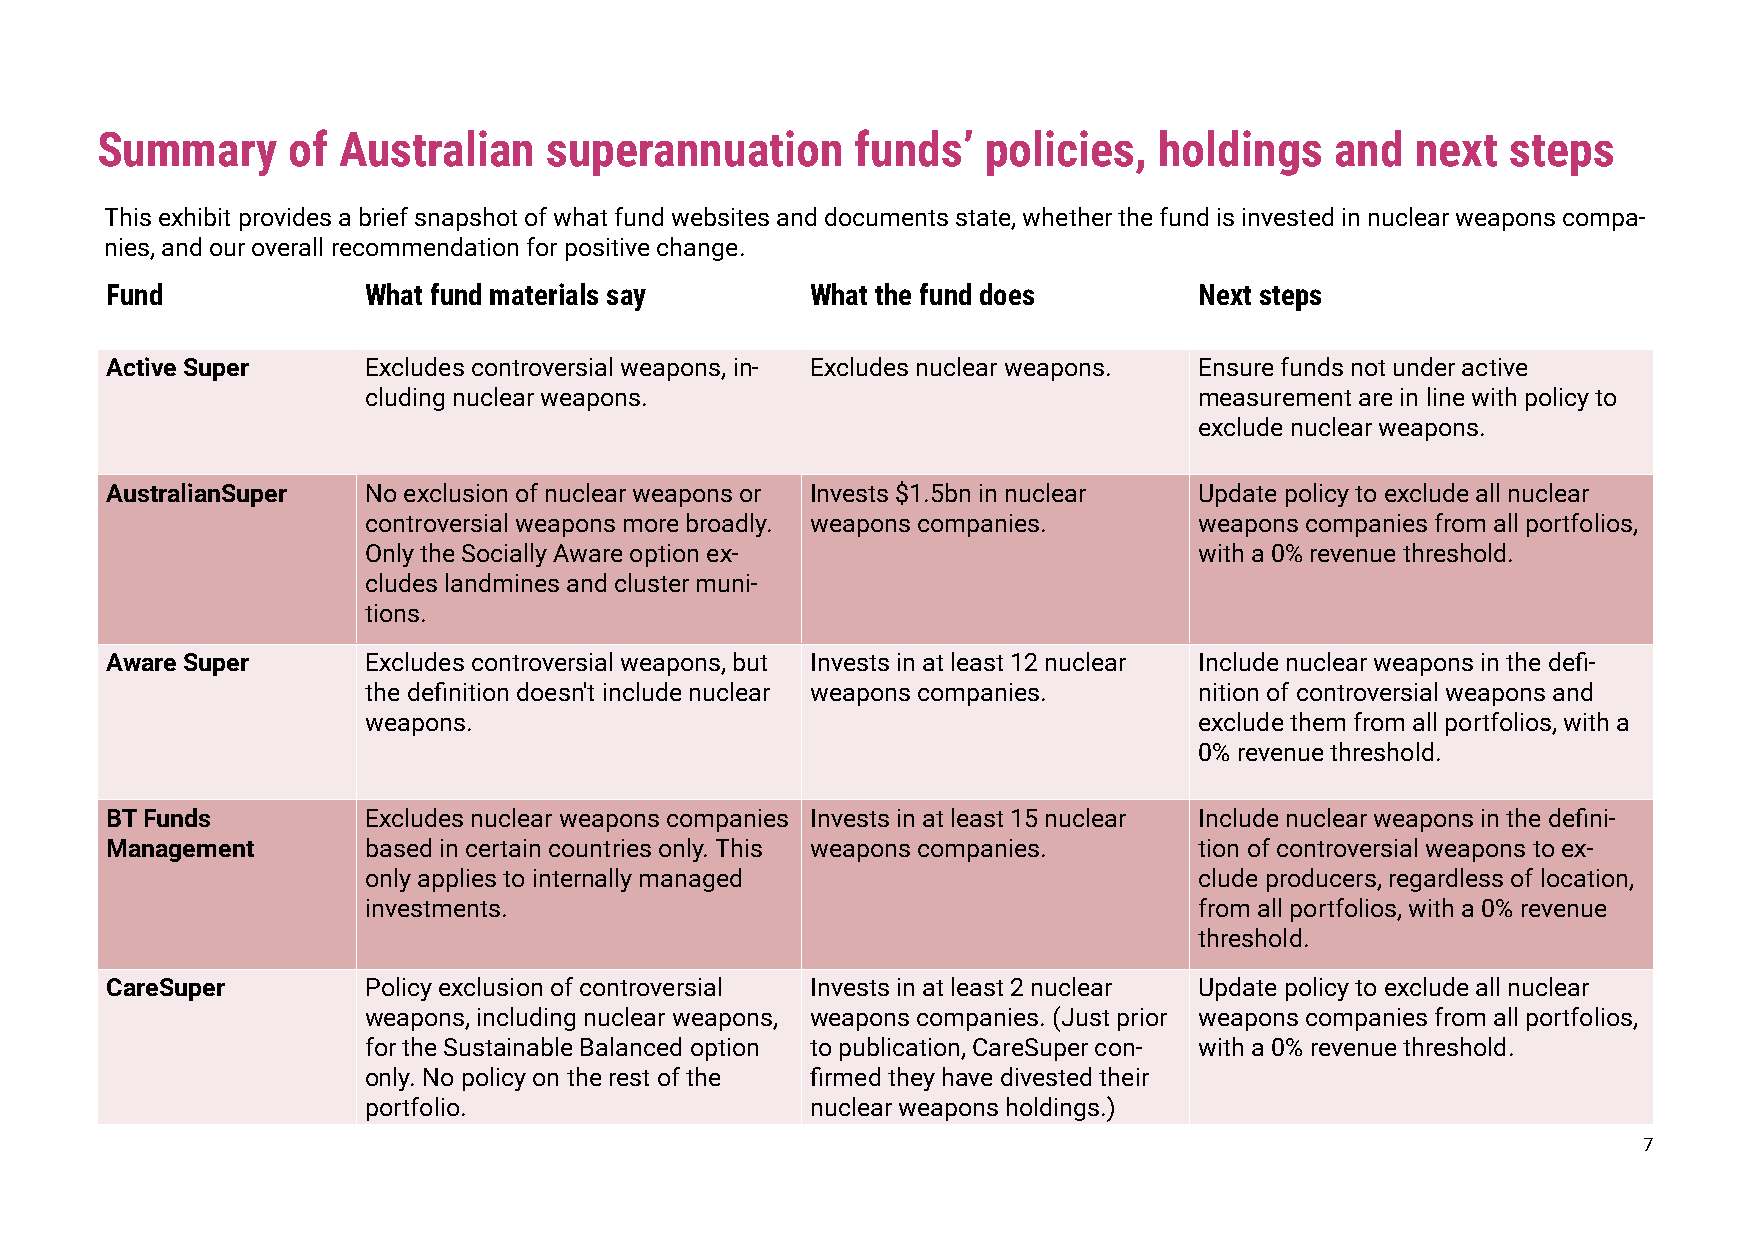
Summary      of Australian    superannuation       funds’  policies,   holdings   and   next  steps
 This exhibit provides a brief snapshot of what fund websites and documents state, whether the fund is invested in nuclear weapons compa-
 nies, and our overall recommendation for positive change.
 Fund             What fund materials say       What the fund does       Next steps
 Active Super     Excludes controversial weapons, in- Excludes nuclear weapons. Ensure funds not under active
 cluding nuclear weapons.                               measurement are in line with policy to
 exclude nuclear weapons.
 AustralianSuper  No exclusion of nuclear weapons or Invests $1.5bn in nuclear Update policy to exclude all nuclear
 controversial weapons more broadly. weapons companies. weapons companies from all portfolios,
 Only the Socially Aware option ex-                     with a 0% revenue threshold.
 cludes landmines and cluster muni-
 tions.
 Aware Super      Excludes controversial weapons, but Invests in at least 12 nuclear Include nuclear weapons in the defi-
 the definition doesn't include nuclear weapons companies. nition of controversial weapons and
 weapons.                                               exclude them from all portfolios, with a
 0% revenue threshold.
 BT Funds         Excludes nuclear weapons companies Invests in at least 15 nuclear Include nuclear weapons in the defini-
 Management       based in certain countries only. This weapons companies. tion of controversial weapons to ex-
 only applies to internally managed                     clude producers, regardless of location,
 investments.                                           from all portfolios, with a 0% revenue
 threshold.
 CareSuper        Policy exclusion of controversial Invests in at least 2 nuclear Update policy to exclude all nuclear
 weapons, including nuclear weapons, weapons companies. (Just prior weapons companies from all portfolios,
 for the Sustainable Balanced option to publication, CareSuper con- with a 0% revenue threshold.
 only. No policy on the rest of the firmed they have divested their
 portfolio.                    nuclear weapons holdings.)
 7